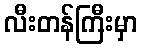
လီးတန်ကြီးမှာ